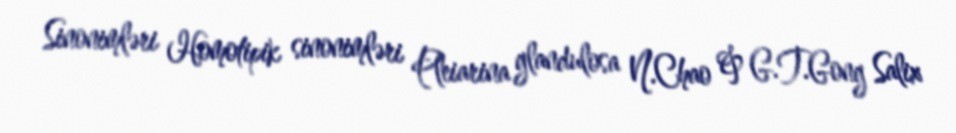
Sinonimləri Homotipik sinonimləri Pleiarina glandulosa N.Chao & G.T.Gong Salix